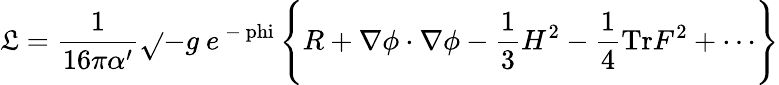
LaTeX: {\cal\mathfrak{L}}=\frac{{1}}{{16\pi\alpha^{\prime}}}\sqrt{}{{-g}}\ e^{\mathrm{{~-\ phi~}}}\Biggl\{ R+\nabla\phi\cdot\nabla\phi-{\frac{{1}}{{3}}}H^{2}-\frac{{1}}{{4}}\mathrm{{Tr}}F^{2}+\cdots\Biggr\}